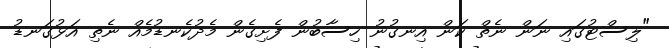
"ލިސްޓުގައި ނަން ނެތް ކަން އިނގުނު ހިސާބުން ފެށިގެން މެދުކެނޑުމެއް ނެތި އަޅުގަނޑު